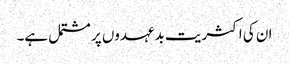
ان کی اکثریت بدعہدوں پر مشتمل ہے۔